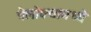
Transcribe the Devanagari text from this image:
त्रैलोक्यामध्ये